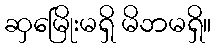
ဆှမြေိုးမရှိ မိဘမရှိ။